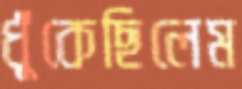
ধুঁকেছিলেম